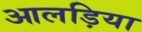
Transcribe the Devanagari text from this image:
आलड़िया